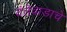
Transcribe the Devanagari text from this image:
दंतेवाडाचे